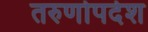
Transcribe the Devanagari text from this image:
तरुणोपदेश